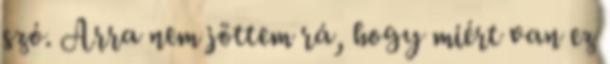
szó. Arra nem jöttem rá, hogy miért van ez